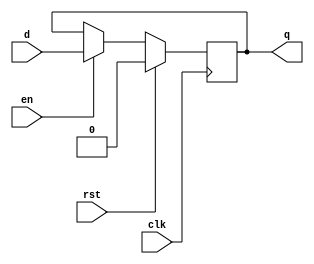
module basic_ff(
	input clk, 
	input rst, 
	input en,
	input d, 
	output reg q
);

	wire next_q;

	assign next_q = en ? d : q;

	always @(posedge clk) begin
		if (rst)
			q <= 1'b0;
		else
			q <= next_q;
	end
endmodule